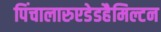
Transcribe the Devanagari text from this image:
पिंचालारुएडेडहैमिल्टन